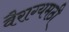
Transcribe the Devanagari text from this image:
वैराग्यमठी